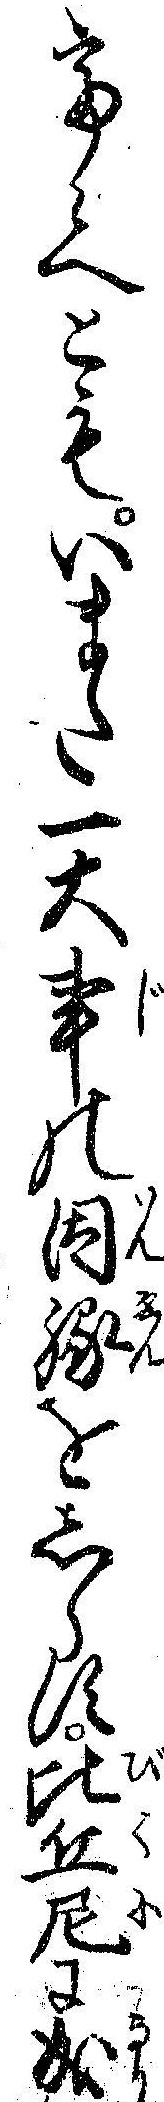
て候へともいまた一大事の因縁をしらす比丘尼に成